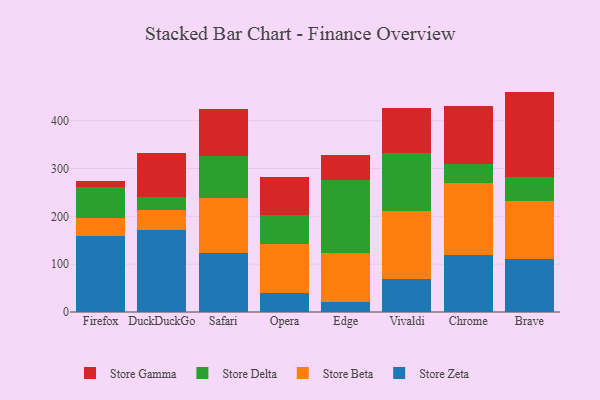
{"axis": {"x": "Browser", "y": "Active Users"}, "legend": ["Store Beta", "Store Delta", "Store Gamma", "Store Zeta"], "data": [{"x": "Firefox", "y": 159.9, "type": "Store Zeta"}, {"x": "Firefox", "y": 37.1, "type": "Store Beta"}, {"x": "Firefox", "y": 64.0, "type": "Store Delta"}, {"x": "Firefox", "y": 12.1, "type": "Store Gamma"}, {"x": "DuckDuckGo", "y": 170.8, "type": "Store Zeta"}, {"x": "DuckDuckGo", "y": 41.5, "type": "Store Beta"}, {"x": "DuckDuckGo", "y": 28.2, "type": "Store Delta"}, {"x": "DuckDuckGo", "y": 92.9, "type": "Store Gamma"}, {"x": "Safari", "y": 122.8, "type": "Store Zeta"}, {"x": "Safari", "y": 115.2, "type": "Store Beta"}, {"x": "Safari", "y": 87.6, "type": "Store Delta"}, {"x": "Safari", "y": 98.5, "type": "Store Gamma"}, {"x": "Opera", "y": 40.3, "type": "Store Zeta"}, {"x": "Opera", "y": 101.0, "type": "Store Beta"}, {"x": "Opera", "y": 62.4, "type": "Store Delta"}, {"x": "Opera", "y": 79.4, "type": "Store Gamma"}, {"x": "Edge", "y": 19.9, "type": "Store Zeta"}, {"x": "Edge", "y": 102.5, "type": "Store Beta"}, {"x": "Edge", "y": 154.1, "type": "Store Delta"}, {"x": "Edge", "y": 51.5, "type": "Store Gamma"}, {"x": "Vivaldi", "y": 69.6, "type": "Store Zeta"}, {"x": "Vivaldi", "y": 140.7, "type": "Store Beta"}, {"x": "Vivaldi", "y": 121.8, "type": "Store Delta"}, {"x": "Vivaldi", "y": 94.7, "type": "Store Gamma"}, {"x": "Chrome", "y": 119.6, "type": "Store Zeta"}, {"x": "Chrome", "y": 150.7, "type": "Store Beta"}, {"x": "Chrome", "y": 40.0, "type": "Store Delta"}, {"x": "Chrome", "y": 121.4, "type": "Store Gamma"}, {"x": "Brave", "y": 111.5, "type": "Store Zeta"}, {"x": "Brave", "y": 120.7, "type": "Store Beta"}, {"x": "Brave", "y": 50.1, "type": "Store Delta"}, {"x": "Brave", "y": 178.5, "type": "Store Gamma"}]}